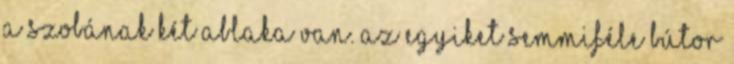
A szobának két ablaka van. Az egyiket semmiféle bútor